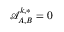
\mathcal { A } _ { A , B } ^ { k , * } = 0